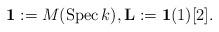
LaTeX: \begin{align*}{\bf 1}:=M({\rm Spec}\,k),{\bf L}:={\bf 1}(1)[2].\end{align*}